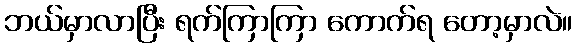
ဘယ်မှာလာပြီး ရက်ကြာကြာ ကောက်ရ တော့မှာလဲ။